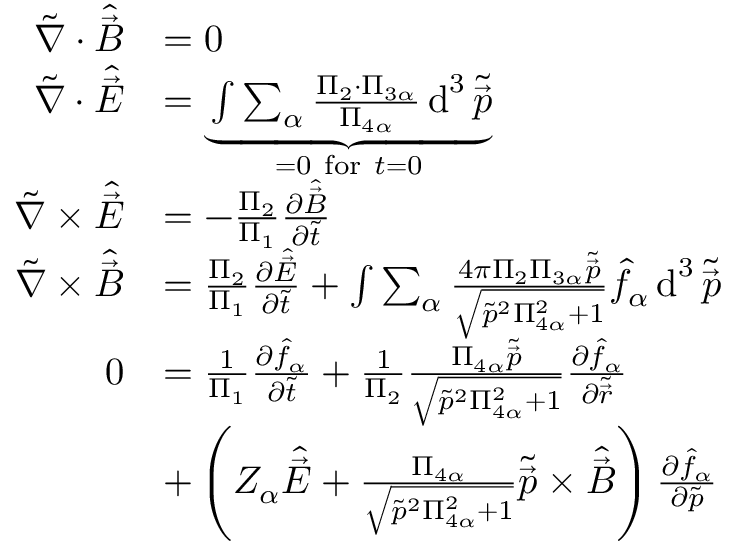
\begin{array} { r l } { \tilde { \nabla } \cdot \hat { \vec { B } } } & { = 0 } \\ { \tilde { \nabla } \cdot \hat { \vec { E } } } & { = \underbrace { \int \sum _ { \alpha } \frac { \Pi _ { 2 } \cdot \Pi _ { 3 \alpha } } { \Pi _ { 4 \alpha } } \operatorname { d } ^ { 3 } \tilde { \vec { p } } } _ { = 0 \mathrm { ~ f o r ~ } t = 0 } } \\ { \tilde { \nabla } \times \hat { \vec { E } } } & { = - \frac { \Pi _ { 2 } } { \Pi _ { 1 } } \frac { \partial \hat { \vec { B } } } { \partial \tilde { t } } } \\ { \tilde { \nabla } \times \hat { \vec { B } } } & { = \frac { \Pi _ { 2 } } { \Pi _ { 1 } } \frac { \partial \hat { \vec { E } } } { \partial \tilde { t } } + \int \sum _ { \alpha } \frac { 4 \pi \Pi _ { 2 } \Pi _ { 3 \alpha } \tilde { \vec { p } } } { \sqrt { \tilde { p } ^ { 2 } \Pi _ { 4 \alpha } ^ { 2 } + 1 } } \hat { f } _ { \alpha } \operatorname { d } ^ { 3 } \tilde { \vec { p } } } \\ { 0 } & { = \frac { 1 } { \Pi _ { 1 } } \frac { \partial \hat { f } _ { \alpha } } { \partial \tilde { t } } + \frac { 1 } { \Pi _ { 2 } } \frac { \Pi _ { 4 \alpha } \tilde { \vec { p } } } { \sqrt { \tilde { p } ^ { 2 } \Pi _ { 4 \alpha } ^ { 2 } + 1 } } \frac { \partial \hat { f } _ { \alpha } } { \partial \tilde { \vec { r } } } } \\ & { + \left( { Z _ { \alpha } } \hat { \vec { E } } + \frac { \Pi _ { 4 \alpha } } { \sqrt { \tilde { p } ^ { 2 } \Pi _ { 4 \alpha } ^ { 2 } + 1 } } \tilde { \vec { p } } \times \hat { \vec { B } } \right) \frac { \partial \hat { f } _ { \alpha } } { \partial \tilde { p } } } \end{array}